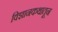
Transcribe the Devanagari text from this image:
विज्ञानकथातून